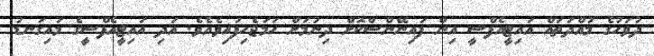
ދުވަހުގެ މުއްދަތައް އައިޓީއެފްސީ އިން ފައިނޭންސްކޮށް ދިނުމަށް ހަމަޖެހިފައިވެއެވެ. އަދި އައިޓީއެފްސީގެ މައިގަނޑު